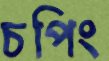
চপিং